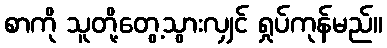
စာကို သူတို့တွေ့သွားလျှင် ရှုပ်ကုန်မည်။